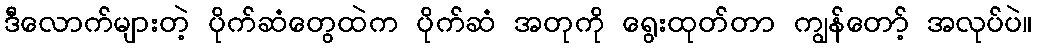
ဒီလောက်များတဲ့ ပိုက်ဆံတွေထဲက ပိုက်ဆံ အတုကို ရွေးထုတ်တာ ကျွန်တော့် အလုပ်ပဲ။